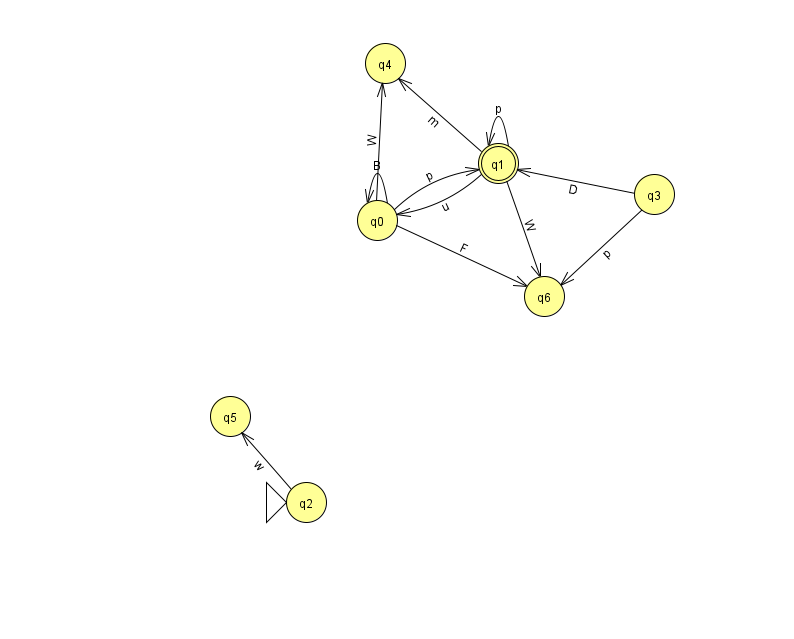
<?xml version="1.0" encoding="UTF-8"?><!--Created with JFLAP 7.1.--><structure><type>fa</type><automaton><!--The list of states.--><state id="0" name="q0"><x>377.0</x><y>207.0</y></state><state id="1" name="q1"><x>498.0</x><y>150.0</y><final/></state><state id="2" name="q2"><x>306.0</x><y>489.0</y><initial/></state><state id="3" name="q3"><x>654.0</x><y>181.0</y></state><state id="4" name="q4"><x>385.0</x><y>50.0</y></state><state id="5" name="q5"><x>230.0</x><y>403.0</y></state><state id="6" name="q6"><x>544.0</x><y>283.0</y></state><!--The list of transitions.--><transition><from>1</from><to>1</to><read>p</read></transition><transition><from>0</from><to>0</to><read>B</read></transition><transition><from>0</from><to>6</to><read>F</read></transition><transition><from>2</from><to>5</to><read>w</read></transition><transition><from>3</from><to>6</to><read>p</read></transition><transition><from>0</from><to>1</to><read>p</read></transition><transition><from>3</from><to>1</to><read>D</read></transition><transition><from>1</from><to>6</to><read>W</read></transition><transition><from>0</from><to>4</to><read>W</read></transition><transition><from>1</from><to>0</to><read>u</read></transition><transition><from>1</from><to>4</to><read>m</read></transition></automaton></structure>